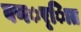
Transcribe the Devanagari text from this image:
वणर््िात